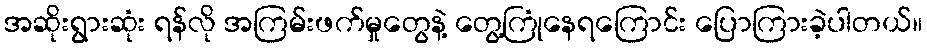
အဆိုးရွားဆုံး ရန်လို အကြမ်းဖက်မှုတွေနဲ့ တွေ့ကြုံနေရကြောင်း ပြောကြားခဲ့ပါတယ်။